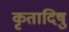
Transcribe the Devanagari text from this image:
कृतादिषु